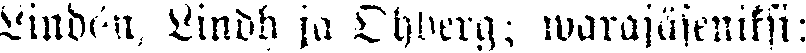
Lindén, Lindh ja Ohberg; warajäseniksi: